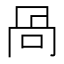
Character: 咼